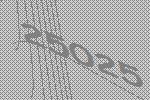
25025